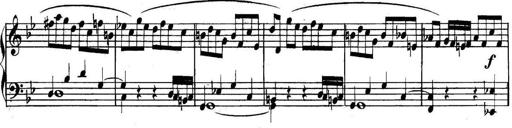
Title: Collected Piano Sonatas
Composer: Muzio Clementi